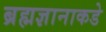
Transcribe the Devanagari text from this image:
ब्रह्मज्ञानाकडे